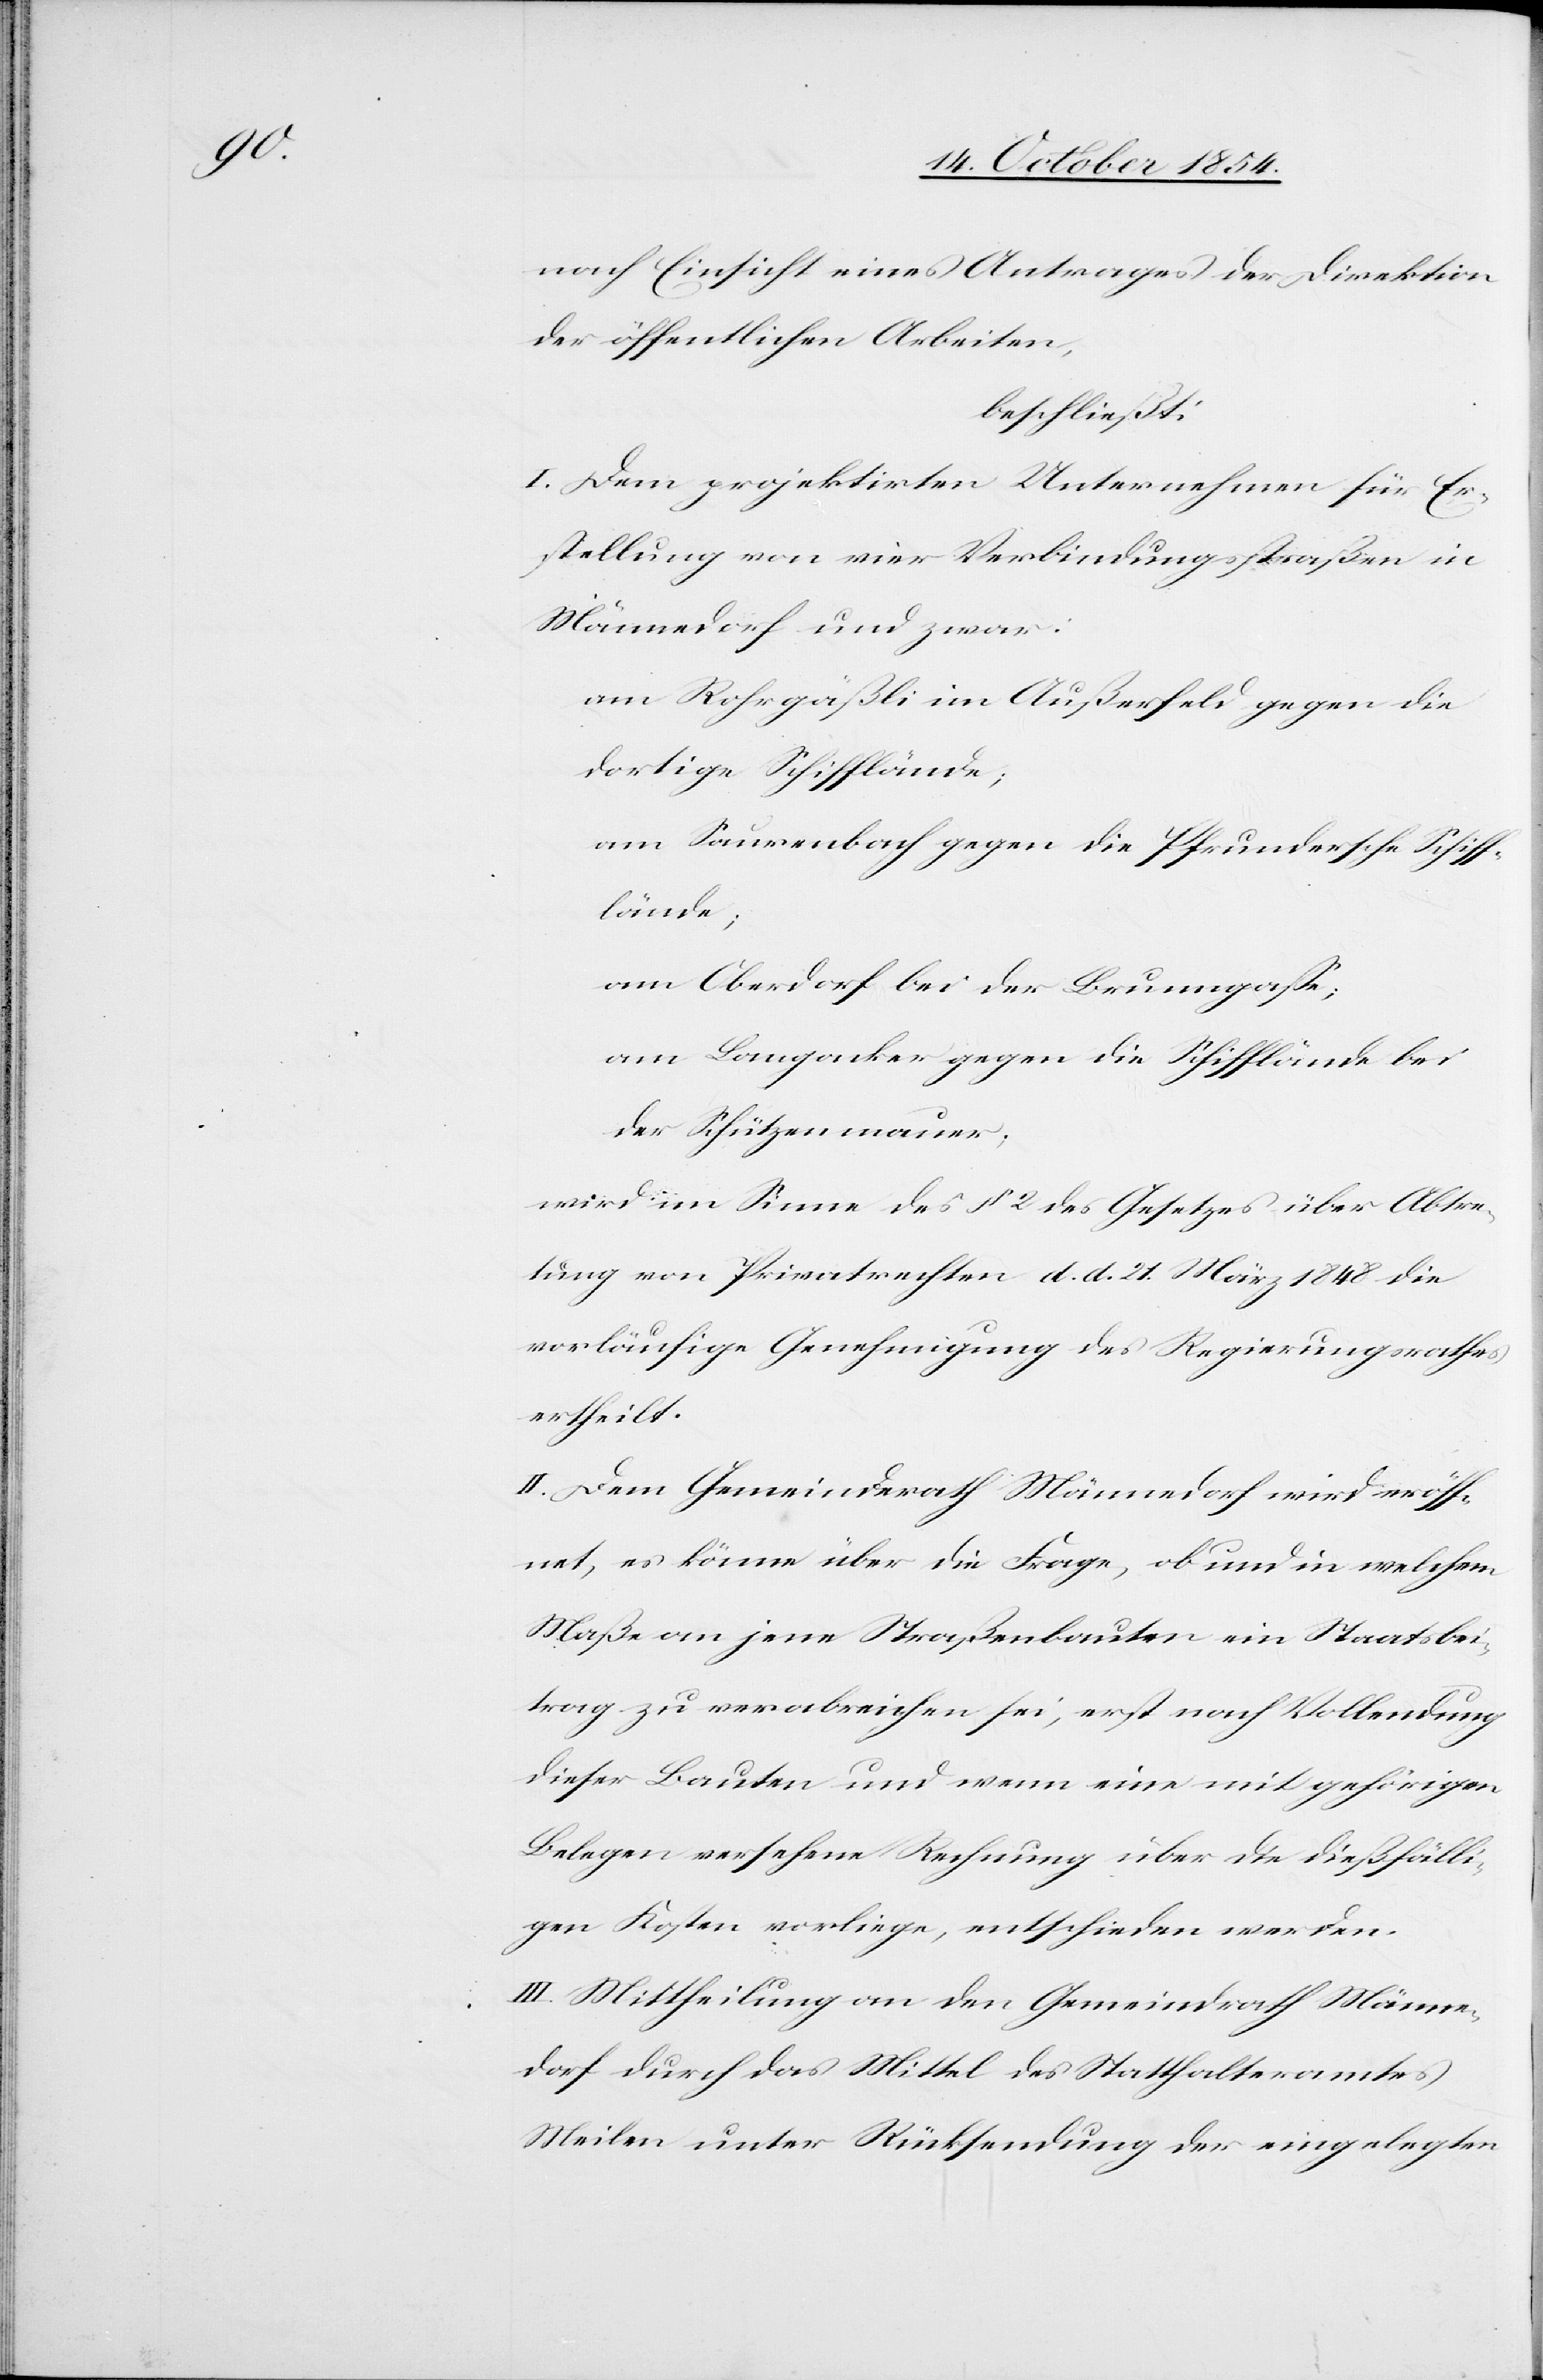
nach Einsicht eines Antrages der Direktion
der öffentlichen Arbeiten,
beschließt:
I. Dem projektirten Unternehmen für Er¬
stellung von vier Verbindungsstraßen in
Männedorf und zwar:
am Rohrgäßli im Außerfeld gegen die
dortige Schifflände;
am Saurenbach gegen die Pfundersche Schiff¬
länge;
am Oberdorf bei der Brunngaße;
am Langacker gegen die Schifflänge bei
der Schützenmauer;
wird im Sinne des § 1 des Gesetzes über Abtre¬
tung von Privatrechten d. d. 21. März 1848 die
vorläufige Genehmigung des Regierungsrathes
ertheilt.
II. Dem Gemeinderath Männedorf wird eröff¬
net, es könne über die Frage, ob und in welchem
Maße an jene Straßenbauten ein Staatsbei¬
trag zu verabreichen sei, erst nach Vollendung
dieser Bauten und wenn eine mit gehörigen
Belegen versehene Rechnung über die dießfälli¬
gen Kosten vorliege, entschieden werden.
III. Mittheilung an den Gemeindrath Männe¬
dorf durch das Mittel des Statthalteramtes
Meilen unter Rücksendung der eingelegten